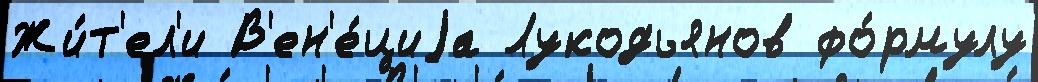
Жи́т'ел'и В'ен'е́циjа Лукодьянов фо́рмулу